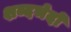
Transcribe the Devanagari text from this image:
शब्दभेदों